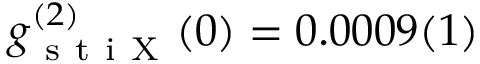
g _ { \mathrm { ~ s ~ t ~ i ~ X ~ } } ^ { ( 2 ) } ( 0 ) = 0 . 0 0 0 9 ( 1 )